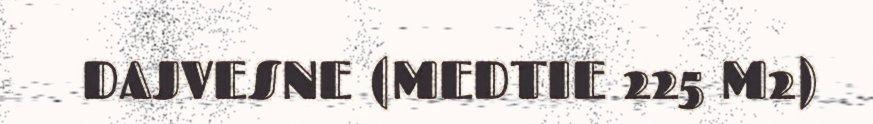
DAJVESNE (MEDTIE 225 M2)